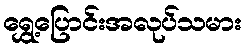
ရွှေ့ပြောင်းအလုပ်သမား